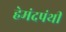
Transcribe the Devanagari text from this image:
हेमंदपंथी